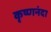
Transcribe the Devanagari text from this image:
कृष्णनंदा